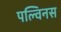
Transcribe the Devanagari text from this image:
पल्विनस